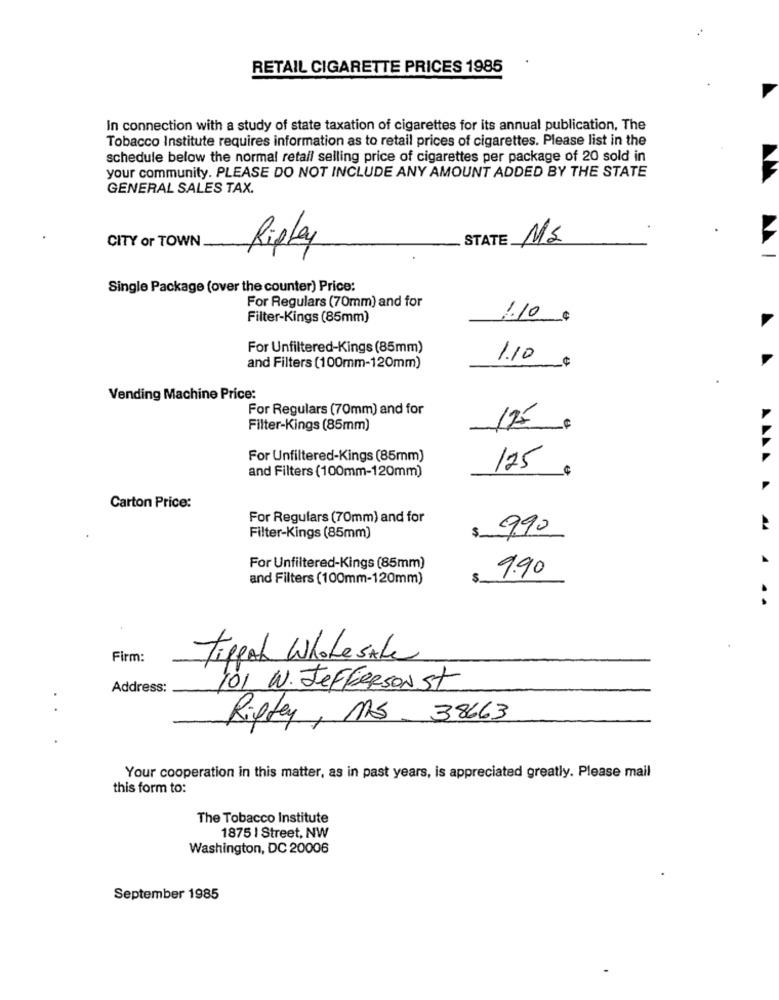
RETAIL CIGARETTE PRICES 1985
In connection with a study of state taxation of cigarettes for its annual publication, The
Tobacco Institute requires information as to retail prices of cigarettes. Please list in the
schedule below the normal retail selling price of cigarettes per package of 20 sold in
your community. PLEASE DO NOT INCLUDE ANY AMOUNT ADDED BY THE STATE
GENERAL SALES TAX.
CITY or TOWN
STATE
MS
Ripley
Single Package (over the counter) Price:
For Regulars (70mm) and for
Filter-Kings (85mm)
1.10
For Unfiltered-Kings (85mm)
1.10
and Filters (100mm-120mm)
Vending Machine Price:
For Regulars (70mm) and for
175
Filter-Kings (85mm)
For Unfiltered-Kings (85mm)
and Filters (100mm-120mm)
175
AAAA
Carton Price:
For Regulars (70mm) and for
9.90
A4
Filter-Kings (85mm)
$
For Unfiltered-Kings (85mm)
9.90
4
and Filters (100mm-120mm)
..
Firm:
Tippat Wholesale
Address:
101 W. JEFFERSON St
Ripley, MS. 38663
Your cooperation in this matter, as in past years, is appreciated greatly. Please mail
this form to:
The Tobacco Institute
1875 | Street, NW
Washington, DC 20006
September 1985